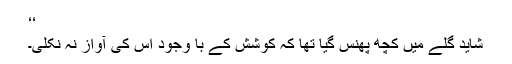
‘‘
شاید گلے میں کچھ پھنس گیا تھا کہ کوشش کے با وجود اس کی آواز نہ نکلی۔